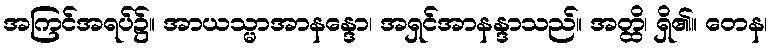
အကြင်အရပ်၌။ အာယသ္မာအာနန္ဒော၊ အရှင်အာနန္ဒာသည်။ အတ္ထိ၊ ရှိ၏။ တေန၊